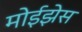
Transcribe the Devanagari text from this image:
मोईझेस